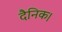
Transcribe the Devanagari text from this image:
दैनिक।